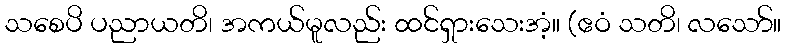
သစေပိ ပညာယတိ၊ အကယ်မူလည်း ထင်ရှားသေးအံ့။ (ဧဝံ သတိ၊ လသော်။